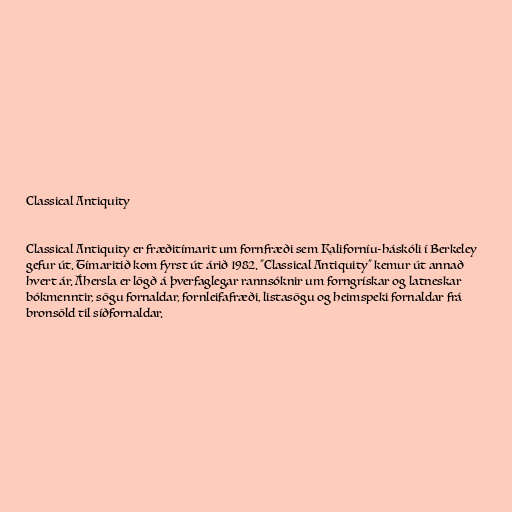
Classical Antiquity

Classical Antiquity er fræðitímarit um fornfræði sem Kaliforníu-háskóli í Berkeley
gefur út. Tímaritið kom fyrst út árið 1982. "Classical Antiquity" kemur út annað
hvert ár. Áhersla er lögð á þverfaglegar rannsóknir um forngrískar og latneskar
bókmenntir, sögu fornaldar, fornleifafræði, listasögu og heimspeki fornaldar frá
bronsöld til síðfornaldar.